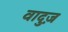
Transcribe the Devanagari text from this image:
वादुज़